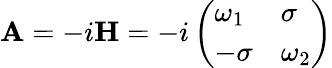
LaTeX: \mathbf{A}=-i\mathbf{H}=-i\left(\begin{array}{ll}{\omega_{1}}&{\sigma}\\ {-\sigma}&{\omega_{2}}\end{array}\right)